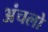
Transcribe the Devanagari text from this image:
अंचलो